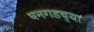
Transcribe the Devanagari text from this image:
घनगडच्या